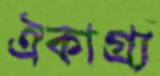
ঐকাগ্র্য